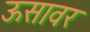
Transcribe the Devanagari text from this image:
ऊसावर